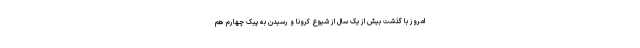
امروز با گذشت بیش از یک سال از شیوع کرونا و رسیدن به پیک چهارم هم